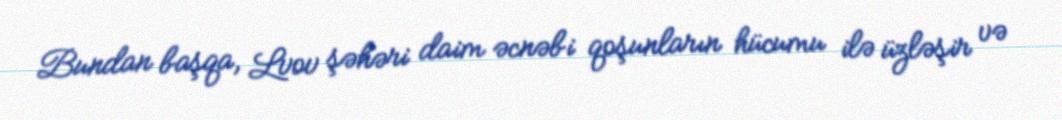
Bundan başqa, Lvov şəhəri daim əcnəbi qoşunların hücumu ilə üzləşir və